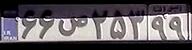
۶۶ص۲۵۳۹۹